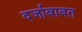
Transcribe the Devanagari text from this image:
दर्जाबाबत